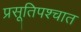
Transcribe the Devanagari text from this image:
प्रसूतिपश्चात